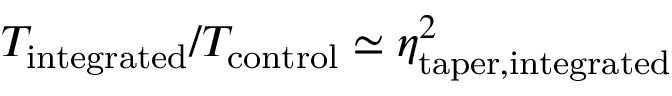
T _ { \mathrm { i n t e g r a t e d } } / T _ { \mathrm { c o n t r o l } } \simeq \eta _ { \mathrm { t a p e r , i n t e g r a t e d } } ^ { 2 }